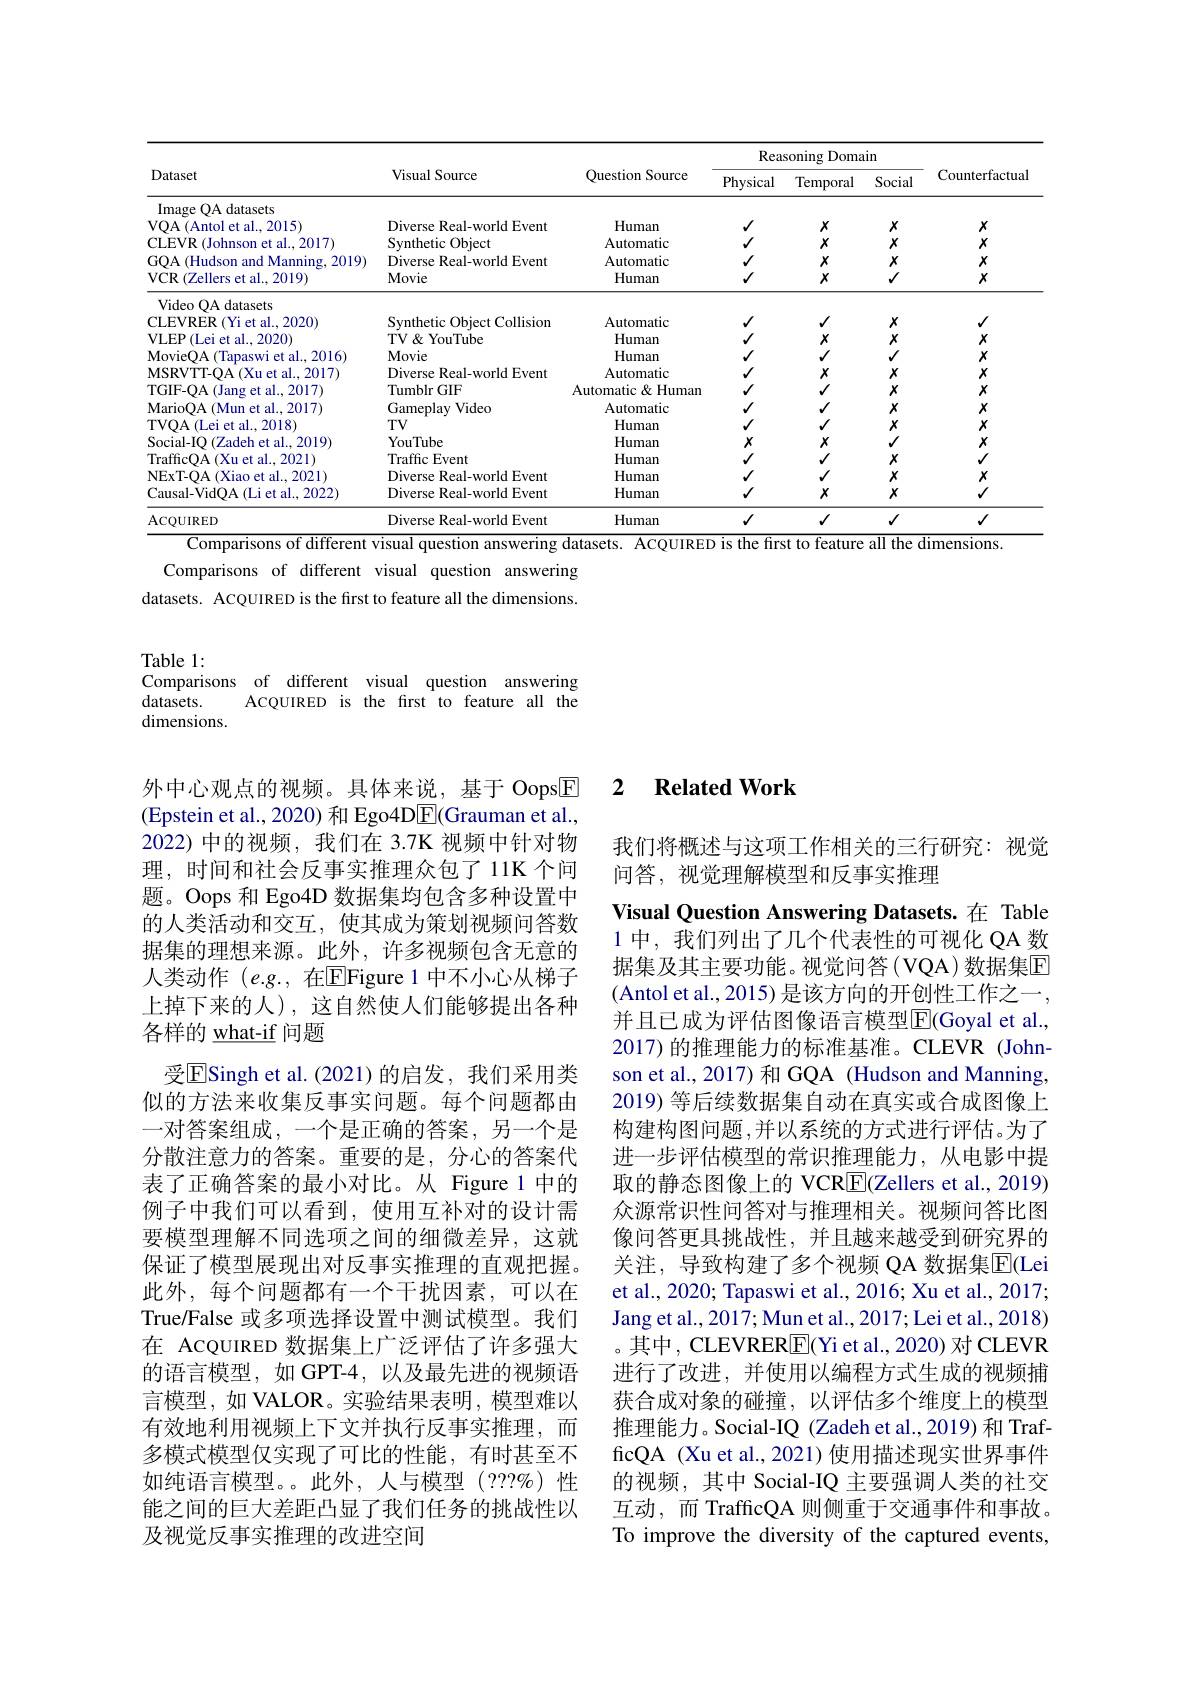
<table>
	<tbody>
		<tr>
			<th rowspan="2">Dataset</th>
			<th rowspan="2">Visual Source</th>
			<th rowspan="2">Question Source</th>
			<th colspan="3">Reasoning g Domain</th>
			<th rowspan="2">Counterfactua</th>
		</tr>
		<tr>
			<th>Physical</th>
			<th>Temporal</th>
			<th>Social</th>
		</tr>
		<tr>
			<td>Image OA datasets</td>
			<td> </td>
			<td> </td>
			<td> </td>
			<td> </td>
			<td> </td>
			<td> </td>
		</tr>
		<tr>
			<td>VOA(Antol et al..2015)</td>
			<td>Diverse Real-world Event</td>
			<td>Human</td>
			<td>$√$</td>
			<td>$X$</td>
			<td>$X$</td>
			<td>$X$</td>
		</tr>
		<tr>
			<td>CLEVR (Johnson et al., 2017)</td>
			<td>Synthetic Object</td>
			<td>Automatic</td>
			<td>$√$</td>
			<td>$X$</td>
			<td>$X$</td>
			<td>$X$</td>
		</tr>
		<tr>
			<td>GOA (Hudson and Manning, 2019)</td>
			<td>Diverse Real-world Event</td>
			<td>Automatic</td>
			<td>$√$</td>
			<td>$X$</td>
			<td>$X$</td>
			<td>$X$</td>
		</tr>
		<tr>
			<td>VCR (Zellers et al., 2019)</td>
			<td>Movie</td>
			<td>${\mathrm{Human}}$</td>
			<td>$√$</td>
			<td>$X$</td>
			<td>$√$</td>
			<td>$X$</td>
		</tr>
		<tr>
			<td>Video OA datasets</td>
			<td> </td>
			<td> </td>
			<td> </td>
			<td> </td>
			<td> </td>
			<td> </td>
		</tr>
		<tr>
			<td>CLEVRER (Yi et al., 2020)</td>
			<td>Synthetic Object Collision</td>
			<td>Automatic</td>
			<td>$√$</td>
			<td>$√$</td>
			<td>$X$</td>
			<td>$√$</td>
		</tr>
		<tr>
			<td>VLEP(Lei et al.,2020)</td>
			<td>$TV\&YouTube$</td>
			<td>Human</td>
			<td>$√$</td>
			<td>$X$</td>
			<td>$X$</td>
			<td>$X$</td>
		</tr>
		<tr>
			<td>MovieOA ( Tapaswi et al. , 2016) </td>
			<td>Movie</td>
			<td>Human</td>
			<td>$√$</td>
			<td>$√$</td>
			<td>$√$</td>
			<td>$X$</td>
		</tr>
		<tr>
			<td>MSRVTT-OA(Xuet al.,2017)</td>
			<td>Diverse Real-world Event</td>
			<td>Automatic</td>
			<td>$√$</td>
			<td>$X$</td>
			<td>$X$</td>
			<td>$X$</td>
		</tr>
		<tr>
			<td>TGIF-OA(Jang et al., 2017</td>
			<td>Tumblr GIF</td>
			<td>Automatic & Human</td>
			<td>$√$</td>
			<td>$√$</td>
			<td>$X$</td>
			<td>$X$</td>
		</tr>
		<tr>
			<td>MarioOA ( Mun et al. , 2017) </td>
			<td>Gameplay Video</td>
			<td>Automatic</td>
			<td>$\checkmark$</td>
			<td>$√$</td>
			<td>$X$</td>
			<td>$X$</td>
		</tr>
		<tr>
			<td>TVOA (Lei et al., 2018)</td>
			<td>$TV$</td>
			<td>Human</td>
			<td>$\checkmark$</td>
			<td>$√$</td>
			<td>$X$</td>
			<td>$X$</td>
		</tr>
		<tr>
			<td>Social- IO 111 (Zadeh et al. .2019</td>
			<td>YouTube</td>
			<td>Human</td>
			<td>$X$</td>
			<td>$X$</td>
			<td>$√$</td>
			<td>$X$</td>
		</tr>
		<tr>
			<td>TrafficOA(Xu et al., 2021)</td>
			<td>Traffic Event</td>
			<td>Human</td>
			<td>$\checkmark$</td>
			<td>$√$</td>
			<td>$X$</td>
			<td>$√$</td>
		</tr>
		<tr>
			<td>NExT- OA ( Xiao et al. , 2021) </td>
			<td>Diverse Real-world Event</td>
			<td>Human</td>
			<td>$\checkmark$</td>
			<td>$√$</td>
			<td>$X$</td>
			<td>$X$</td>
		</tr>
		<tr>
			<td>Causal- VidQA ( Li et al. , 2022) </td>
			<td>Diverse Real-world Event</td>
			<td>Human</td>
			<td>$√$</td>
			<td>$X$</td>
			<td>$X$</td>
			<td>$√$</td>
		</tr>
		<tr>
			<td>ACQUIRED</td>
			<td>Diverse Real-world Event</td>
			<td>Human</td>
			<td>$√$</td>
			<td>$√$</td>
			<td>$√$</td>
			<td>$√$</td>
		</tr>
	</tbody>
</table>

$\overline{\text{Comparisons of different visual question answering datasets. ACQUIRED is the first to feature all the dimensions.}}$

Comparisons of different visual question answering datasets. ACQUIRED is the first to feature all the dimensions.

Table 1:
Comparisons of different visual question answering
datasets.
ACQUIRED is the first to feature all the
dimensions.

外中心观点的视频。具体来说，基于 Oops$\boxed{\mathrm{E}}$ (Epstein et al., 2020) 和 Ego4D$\overline{\mathrm{E}}($Grauman et al., 2022)中的视频，我们在 3.7K 视频中针对物理，时间和社会反事实推理众包了 11K 个问题。Oops 和 Ego4D 数据集均包含多种设置中的人类活动和交互，使其成为策划视频问答数据集的理想来源。此外，许多视频包含无意的人类动作 (e.g.,在$\overline{\mathrm{E}}$Figure 1 中不小心从梯子上掉下来的人),这自然使人们能够提出各种各样的 what-if 问题
受$\underline{\mathrm{E}}$Singh et al.(2021)的启发，我们采用类似的方法来收集反事实问题。每个问题都由一对答案组成，一个是正确的答案，另一个是分散注意力的答案。重要的是，分心的答案代表了正确答案的最小对比。从 Figure 1 中的例子中我们可以看到，使用互补对的设计需要模型理解不同选项之间的细微差异，这就保证了模型展现出对反事实推理的直观把握。此外，每个问题都有一个干扰因素，可以在True/False 或多项选择设置中测试模型。我们在 AcQUIRED 数据集上广泛评估了许多强大的语言模型，如 GPT-4, 以及最先进的视频语言模型，如 VALOR。实验结果表明，模型难以有效地利用视频上下文并执行反事实推理，而多模式模型仅实现了可比的性能，有时甚至不如纯语言模型。。此外，人与模型(???%)性能之间的巨大差距凸显了我们任务的挑战性以及视觉反事实推理的改进空间

### 2 $\textbf{Related Work}$

我们将概述与这项工作相关的三行研究：视觉
问答，视觉理解模型和反事实推理

Visual Question Answering Datasets.在 Table 1 中，我们列出了几个代表性的可视化 QA 数据集及其主要功能。视觉问答(VQA)数据集回(Antol et al., 2015) 是该方向的开创性工作之一， 并且已成为评估图像语言模型$\overline{\mathrm{E}}$(Goyal et al., 2017) 的推理能力的标准基准。CLEVR (Johnson et al., 2017) 和 GQA (Hudson and Manning, 2019) 等后续数据集自动在真实或合成图像上构建构图问题 ,并以系统的方式进行评估。为了进一步评估模型的常识推理能力，从电影中提取的静态图像上的 VCR$\boxed{\mathrm{F}}($Zellers et al., 2019) 众源常识性问答对与推理相关。视频问答比图像问答更具挑战性，并且越来越受到研究界的关注，导致构建了多个视频 QA 数据集$\overline{\mathrm{E}}($Lei et al., 2020; Tapaswi et al., 2016; Xu et al., 2017; Jang et al., 2017; Mun et al., 2017; Lei et al., 2018) 。其中，CLEVRER$\boxed{\mathrm{F}}($Yi et al., 2020) 对 CLEVR 进行了改进，并使用以编程方式生成的视频捕获合成对象的碰撞，以评估多个维度上的模型推理能力。Social-IQ (Zadeh et al.,2019) 和 TrafficQA (Xu et al., 2021) 使用描述现实世界事件的视频，其中 Social-IQ 主要强调人类的社交互动，而 TrafficQA 则侧重于交通事件和事故。To improve the diversity of the captured events,